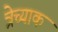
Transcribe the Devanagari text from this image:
त्रेच्याक